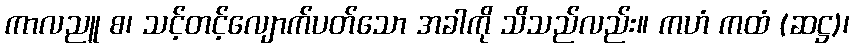
ကာလညူ စ၊ သင့်တင့်လျောက်ပတ်သော အခါကို သိသည်လည်း။ ကဟံ ကထံ (ဆဋ္ဌ)၊